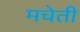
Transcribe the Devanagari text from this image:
मचेती